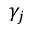
\gamma _ { j }